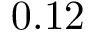
0 . 1 2